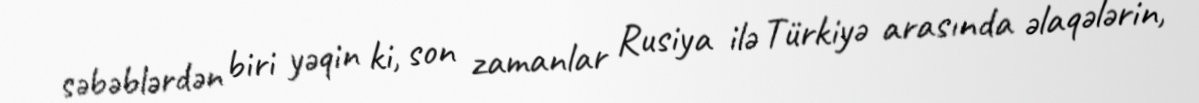
səbəblərdən biri yəqin ki, son zamanlar Rusiya ilə Türkiyə arasında əlaqələrin,